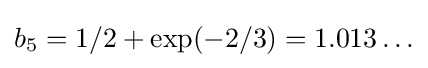
b_{5}=1/2+\exp(-2/3)=1.013\ldots